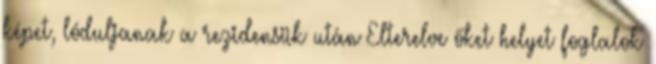
képet, lóduljanak a rezidensük után Elterelve őket helyet foglalok